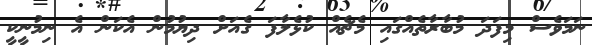
ނަމަވެސް މިފަދަ މުބާރާތެއްގައި މެޗެއް ކުޅެލާފަ ގެއަށް ދިޔުމުން އެކަން އެ ނިމުނީކީ